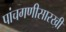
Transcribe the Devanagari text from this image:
पांचगणीसारखी